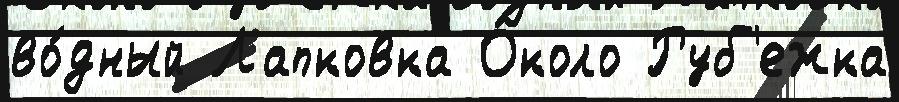
во́дный Лапковка О́коло Руб'ежка